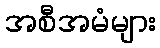
အစီအမံများ